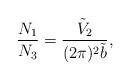
LaTeX: \begin{align*}\frac{N_1}{N_3}=\frac{\tilde{V}_2}{(2\pi)^2 \tilde{b}},\end{align*}